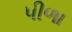
પીળા